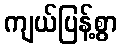
ကျယ်ပြန့်စွာ